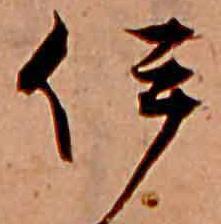
伊